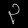
Digit: ၃